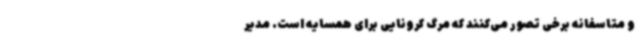
و متاسفانه برخی تصور می‌کنند که مرگ کرونایی برای همسایه است. مدیر